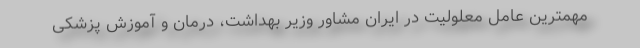
مهمترین عامل معلولیت در ایران مشاور وزیر بهداشت، درمان و آموزش پزشکی